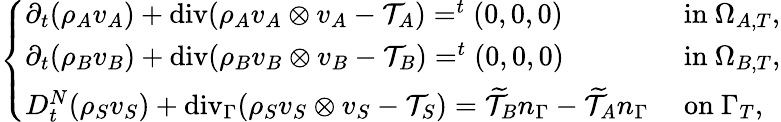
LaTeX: \left\{ \begin{array}{ll}{\partial_{t}(\rho_{A}v_{A})+\mathrm{{div}}(\rho_{A}v_{A}\otimes v_{A}-\mathcal{T}_{A})=^{t}(0,0,0)}&{\mathrm{~in~}\Omega_{A,T},}\\ {\partial_{t}(\rho_{B}v_{B})+{\mathrm{div}}(\rho_{B}v_{B}\otimes v_{B}-\mathcal{T}_{B})=^{t}(0,0,0)}&{\mathrm{~in~}\Omega_{B,T},}\\ {D_{t}^{N}(\rho_{S}v_{S})+\mathrm{{div}}_{\Gamma}(\rho_{S}v_{S}\otimes v_{S}-\mathcal{T}_{S})=\widetilde{\mathcal{T}}_{B}n_{\Gamma}-\widetilde{\mathcal{T}}_{A}n_{\Gamma}}&{\mathrm{~on~}\Gamma_{T},}\end{array}\right.